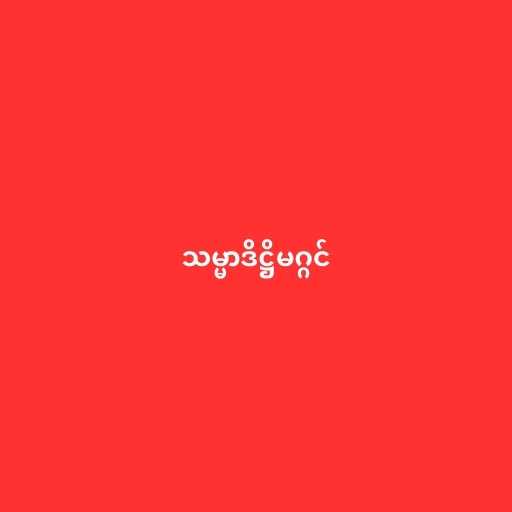
သမ္မာဒိဋ္ဌိမဂ္ဂင်